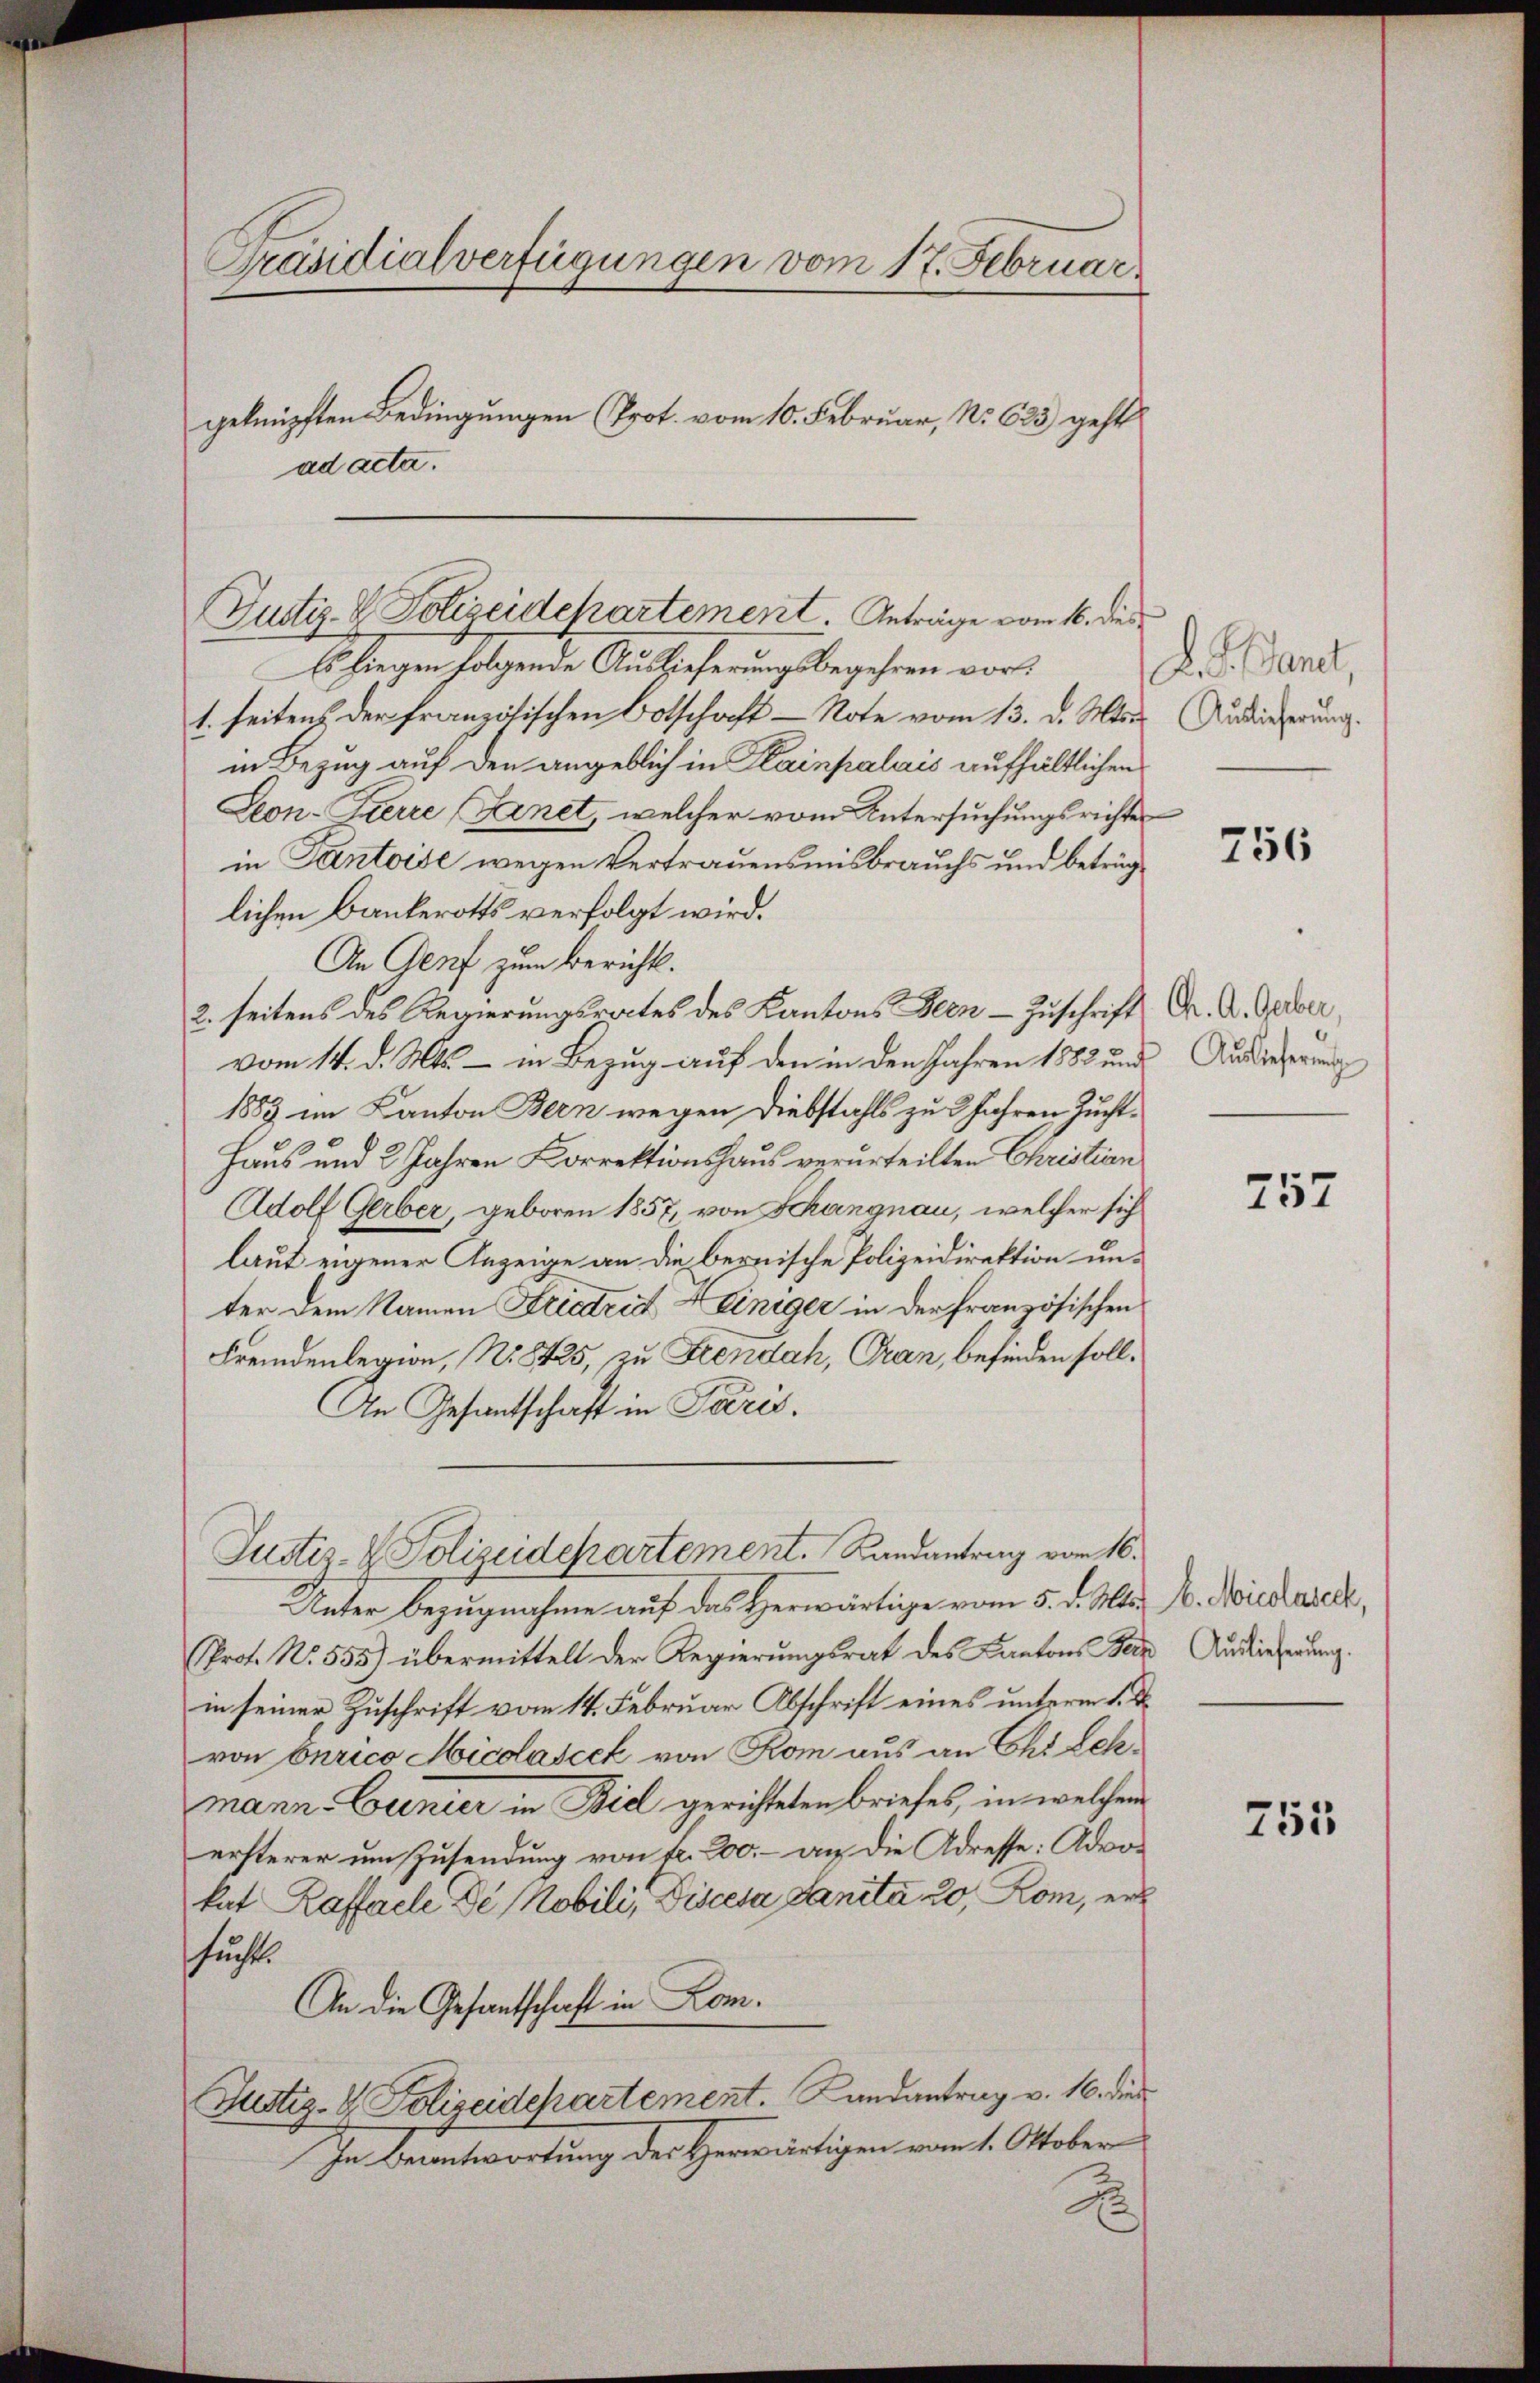
ad acta.

Präsidialverfügungen vom 17. Februar.
geknüpften Bedingungen (Prot. vom 10. Februar, No. 623 geht

Justiz- & Polizeidepartement. Anträge vom 16. dies

Es liegen folgende Auslieferungsbegehren vor.
1. seitens der französischen Botschaft - Note vom 13. d. Mts. Auslieferung.
in Bezug auf den angeblich in Klainpalais aufhältlichen
Son-Pierre (Arnet, welcher vom Untersuchungsrichter
in Pantoise wegen Vertrauensmisbrauchs und beträglichen Bankerotts verfolgt wird.
An Genf zum Bericht.
2. seitens des Regierungsrates des Kantons Been Zuschrift Dr. A. Gaber,
vom 14. d. Mts. – in Bezug auf den in den Jahren 1882 und Auslieferung
1883 im Kanton Bern wegen Diebstahls zu 3 Jahren Zucht¬
Haus und 2 Jahren Korrektionshaus verurteilten Christian
Adolf Gerber, geboren 1857, von Schangnau, welcher sich
laut eigener Anzeige an die bernische Polizeidirektion unter dem Namen Fridritt & Einiger in der französischen
Fremdenlegion, No 8425, zu Fendah, Gran, befinden soll.
An Gesantschaft in Paris.
Justiz- & Polizeidepartement. Landantrag vom 16.
Unter Bezugnahme auf das Herwärtige vom 5. d. Mts. B. Nicolaser,
Prof. No. 555) übermittelt der Regierungsrat des Kantons Sein Auslieferung.
in seiner Zuschrift vom 14. Februar Abschrift eines unterm 1. d
von berico Micolasiek von Rom aus an Chi Lehmann. Ernier in Biel gerichteten Briefes, in welchem
ersterer um Zusendung von fr. 200.– an die Adresse: Advokat Kaffeele De Nobili, Discesa Sanita 20, Rom, ers
fuchste
An die Gesantschaft in Lom¬
Justiz- & Polizeidepartement. Landantrag v. 16. dies
In Beantwortung des Herwärtigen vom 1. Oktober

L. G. Sand,

756

757

755